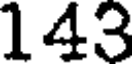
143